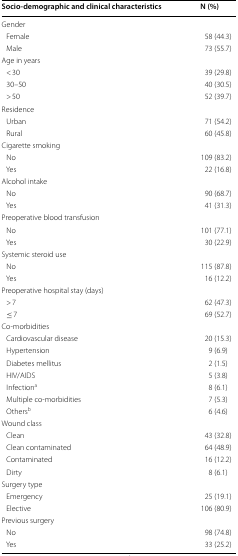
<table><thead><tr><td><b>Socio-demographic and clinical characteristics</b></td><td><b>N (%)</b></td></tr></thead><tbody><tr><td colspan="2">Gender</td></tr><tr><td> Female</td><td>58 (44.3)</td></tr><tr><td> Male</td><td>73 (55.7)</td></tr><tr><td colspan="2">Age in years</td></tr><tr><td> &lt; 30</td><td>39 (29.8)</td></tr><tr><td> 30–50</td><td>40 (30.5)</td></tr><tr><td> &gt; 50</td><td>52 (39.7)</td></tr><tr><td colspan="2">Residence</td></tr><tr><td> Urban</td><td>71 (54.2)</td></tr><tr><td> Rural</td><td>60 (45.8)</td></tr><tr><td colspan="2">Cigarette smoking</td></tr><tr><td> No</td><td>109 (83.2)</td></tr><tr><td> Yes</td><td>22 (16.8)</td></tr><tr><td colspan="2">Alcohol intake</td></tr><tr><td> No</td><td>90 (68.7)</td></tr><tr><td> Yes</td><td>41 (31.3)</td></tr><tr><td colspan="2">Preoperative blood transfusion</td></tr><tr><td> No</td><td>101 (77.1)</td></tr><tr><td> Yes</td><td>30 (22.9)</td></tr><tr><td colspan="2">Systemic steroid use</td></tr><tr><td> No</td><td>115 (87.8)</td></tr><tr><td> Yes</td><td>16 (12.2)</td></tr><tr><td colspan="2">Preoperative hospital stay (days)</td></tr><tr><td> &gt; 7</td><td>62 (47.3)</td></tr><tr><td> ≤ 7</td><td>69 (52.7)</td></tr><tr><td colspan="2">Co-morbidities</td></tr><tr><td> Cardiovascular disease</td><td>20 (15.3)</td></tr><tr><td> Hypertension</td><td>9 (6.9)</td></tr><tr><td> Diabetes mellitus</td><td>2 (1.5)</td></tr><tr><td> HIV/AIDS</td><td>5 (3.8)</td></tr><tr><td> Infection<sup>a</sup></td><td>8 (6.1)</td></tr><tr><td> Multiple co-morbidities</td><td>7 (5.3)</td></tr><tr><td> Others<sup>b</sup></td><td>6 (4.6)</td></tr><tr><td colspan="2">Wound class</td></tr><tr><td> Clean</td><td>43 (32.8)</td></tr><tr><td> Clean contaminated</td><td>64 (48.9)</td></tr><tr><td> Contaminated</td><td>16 (12.2)</td></tr><tr><td> Dirty</td><td>8 (6.1)</td></tr><tr><td colspan="2">Surgery type</td></tr><tr><td> Emergency</td><td>25 (19.1)</td></tr><tr><td> Elective</td><td>106 (80.9)</td></tr><tr><td colspan="2">Previous surgery</td></tr><tr><td> No</td><td>98 (74.8)</td></tr><tr><td> Yes</td><td>33 (25.2)</td></tr></tbody></table>